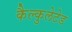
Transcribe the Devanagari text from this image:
कैल्कुलेटेड